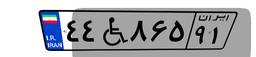
۴۴W۸۶۵۹۱